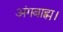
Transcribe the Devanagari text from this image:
अंगबाह्म।